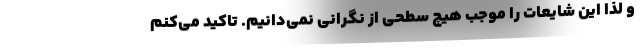
و لذا این شایعات را موجب هیچ سطحی از نگرانی نمی‌دانیم. تاکید می‌کنم